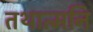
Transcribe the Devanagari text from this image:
तथात्मनि